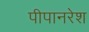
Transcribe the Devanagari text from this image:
पीपानरेश